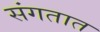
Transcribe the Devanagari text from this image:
संगतात